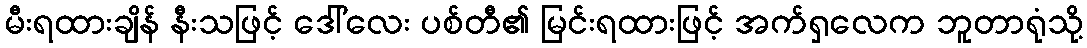
မီးရထားချိန် နီးသဖြင့် ဒေါ်လေး ပစ်တီ၏ မြင်းရထားဖြင့် အက်ရှလေက ဘူတာရုံသို့